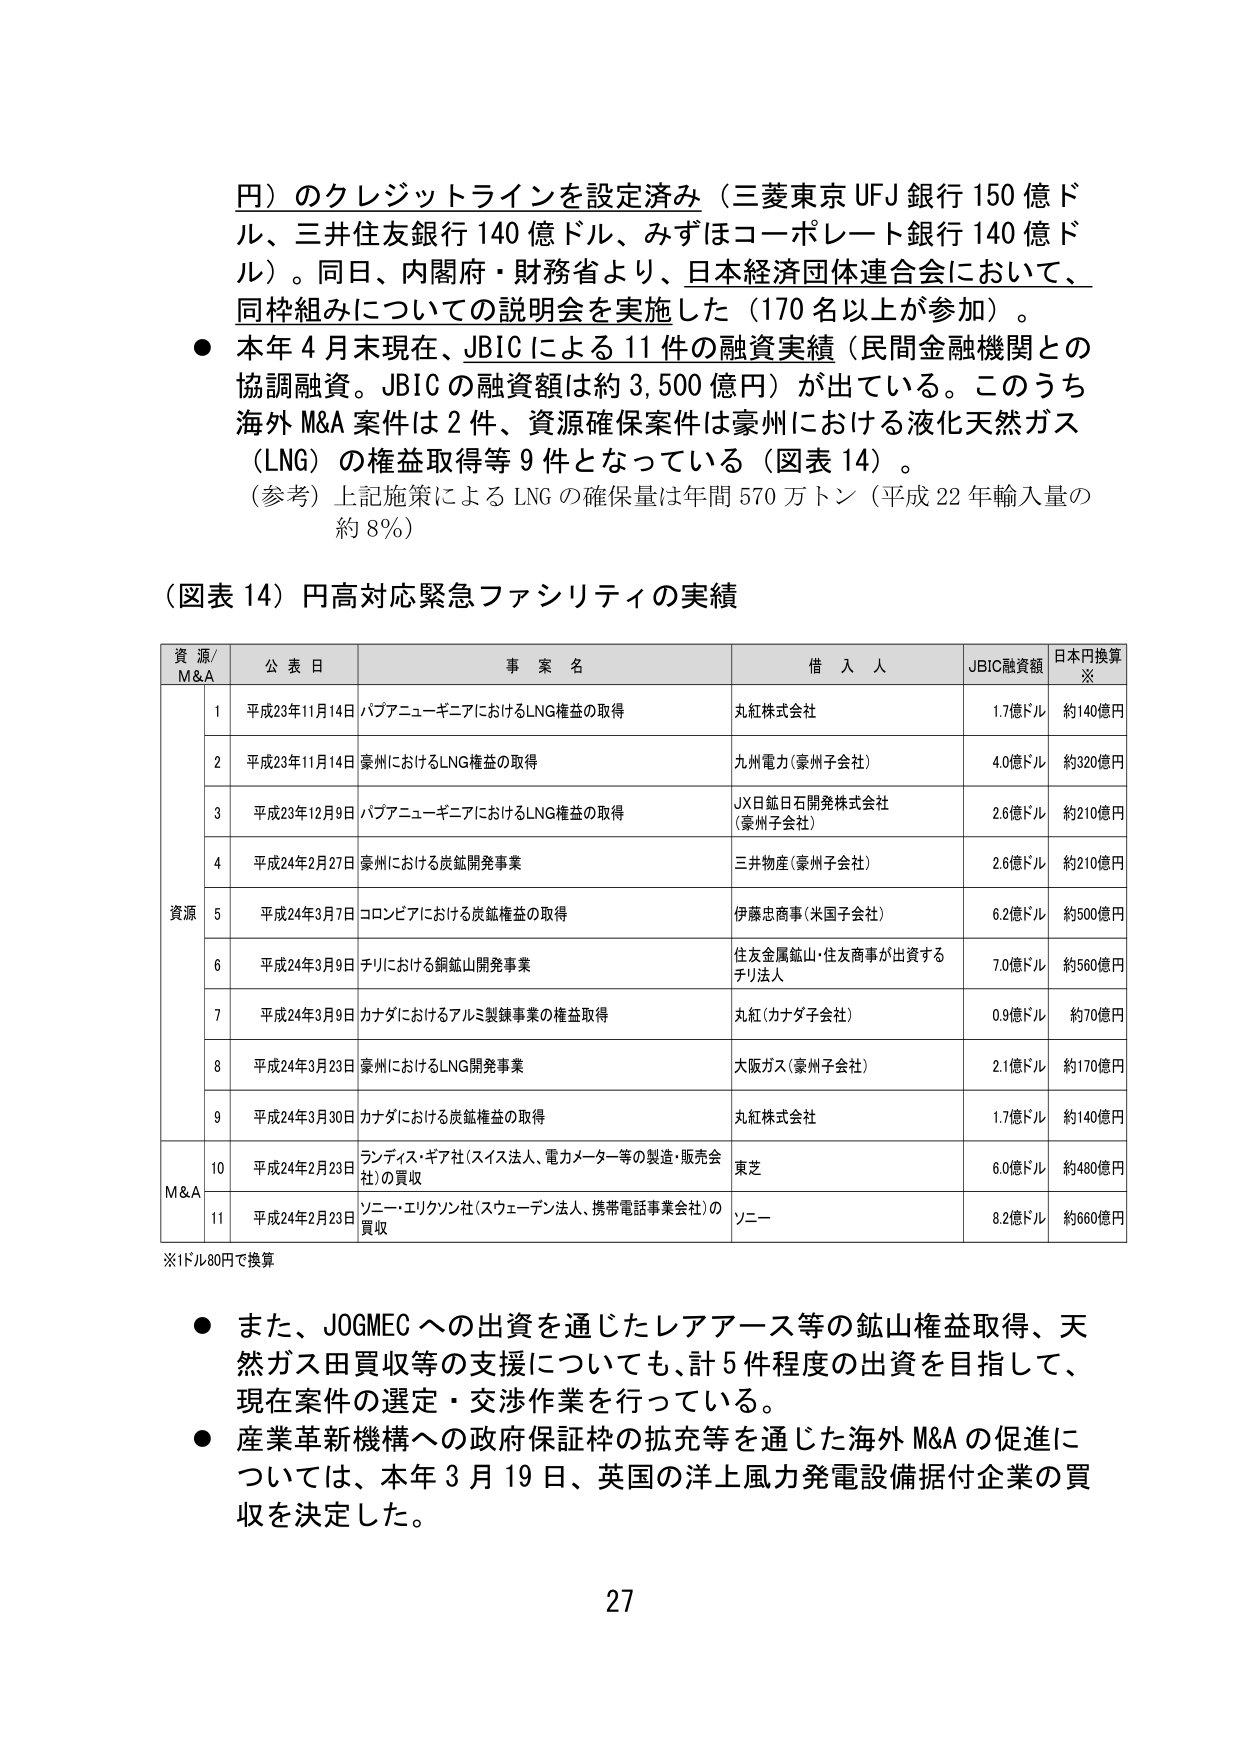
円）のクレジットラインを設定済み（三菱東京UFJ銀行150億ドル、三井住友銀行140億ドル、みずほコーポレート銀行140億ドル）。同日、内閣府・財務省より、日本経済団体連合会において、同枠組みについての説明会を実施した（170名以上が参加）。

● 本年4月末現在、JBICによる11件の融資実績（民間金融機関との協調融資。JBICの融資額は約3,500億円）が出ている。このうち海外M&A案件は2件、資源確保案件は豪州における液化天然ガス（LNG）の権益取得等9件となっている（図表14）。
（参考）上記施策によるLNGの確保量は年間570万トン（平成22年輸入量の約8％）

（図表14）円高対応緊急ファシリティの実績

| 資源/M&A | 公表日 | 事案名 | 借入人 | JBIC融資額 | 日本円換算※ |
|-----------|--------|--------|--------|-------------|--------------|
|           | 1      | 平成23年11月14日 | パプアニューギニアにおけるLNG権益の取得 | 丸紅株式会社 | 1.7億ドル | 約140億円 |
|           | 2      | 平成23年11月14日 | 豪州におけるLNG権益の取得 | 九州電力（豪州子会社） | 4.0億ドル | 約320億円 |
|           | 3      | 平成23年12月9日 | パプアニューギニアにおけるLNG権益の取得 | JX日鉱日石開発株式会社（豪州子会社） | 2.6億ドル | 約210億円 |
|           | 4      | 平成24年2月27日 | 豪州における炭鉱開発事業 | 三井物産（豪州子会社） | 2.6億ドル | 約210億円 |
| 資源     | 5      | 平成24年3月7日 | コロンビアにおける炭鉱権益の取得 | 伊藤忠商事（米国子会社） | 6.2億ドル | 約500億円 |
|           | 6      | 平成24年3月9日 | チリにおける銅鉱山開発事業 | 住友金属鉱山・住友商事が出資するチリ法人 | 7.0億ドル | 約560億円 |
|           | 7      | 平成24年3月9日 | カナダにおけるアルミ製錬事業の権益取得 | 丸紅（カナダ子会社） | 0.9億ドル | 約70億円 |
|           | 8      | 平成24年3月23日 | 豪州におけるLNG開発事業 | 大阪ガス（豪州子会社） | 2.1億ドル | 約170億円 |
|           | 9      | 平成24年3月30日 | カナダにおける炭鉱権益の取得 | 丸紅株式会社 | 1.7億ドル | 約140億円 |
| M&A      | 10     | 平成24年2月23日 | ランディス・ギア社（スイス法人、電力メーター等の製造・販売会社）の買収 | 東芝 | 6.0億ドル | 約480億円 |
|           | 11     | 平成24年2月23日 | ソニー・エリクソン社（スウェーデン法人、携帯電話事業会社）の買収 | ソニー | 8.2億ドル | 約660億円 |

※1ドル80円で換算

● また、JOGMECへの出資を通じたレアアース等の鉱山権益取得、天然ガス田買収等の支援についても、計5件程度の出資を目指して、現在案件の選定・交渉作業を行っている。
● 産業革新機構への政府保証枠の拡充等を通じた海外M&Aの促進については、本年3月19日、英国の洋上風力発電設備据付企業の買収を決定した。

27